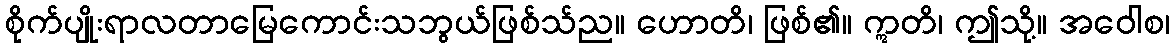
စိုက်ပျိုးရာလတာမြေကောင်းသဘွယ်ဖြစ်သ်ည။ ဟောတိ၊ ဖြစ်၏။ ဣတိ၊ ဤသို့။ အဝေါစ၊